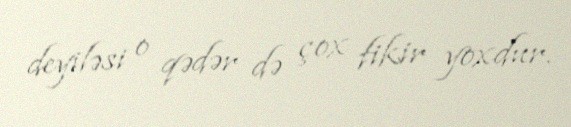
deyiləsi o qədər də çox fikir yoxdur.